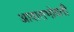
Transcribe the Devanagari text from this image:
आवाराभोवती